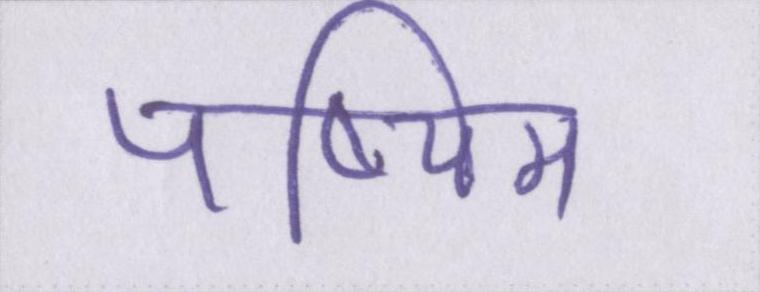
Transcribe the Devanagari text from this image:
पष्चिम